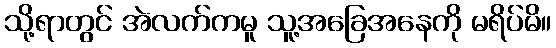
သို့ရာတွင် အဲလက်ကမူ သူ့အခြေအနေကို မရိပ်မိ။